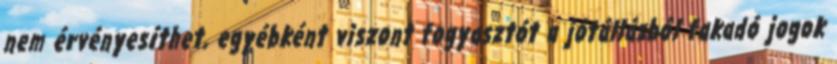
nem érvényesíthet, egyébként viszont fogyasztót a jótállásból fakadó jogok